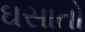
ઘસાતો